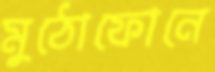
মুঠোফোনে